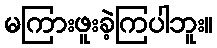
မကြားဖူးခဲ့ကြပါဘူး။